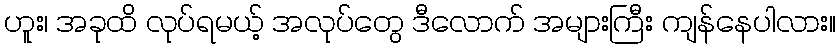
ဟူး၊ အခုထိ လုပ်ရမယ့် အလုပ်တွေ ဒီလောက် အများကြီး ကျန်နေပါလား။